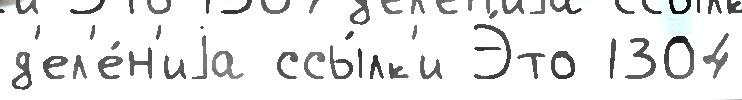
д'ел'е́н'иjа ссы́лк'и Э́то 1304